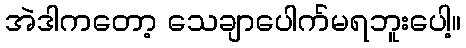
အဲဒါကတော့ သေချာပေါက်မရဘူးပေါ့။